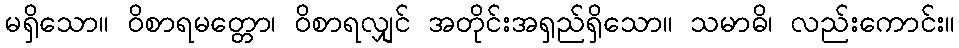
မရှိသော။ ဝိစာရမတ္တော၊ ဝိစာရလျှင် အတိုင်းအရှည်ရှိသော။ သမာဓိ၊ လည်းကောင်း။